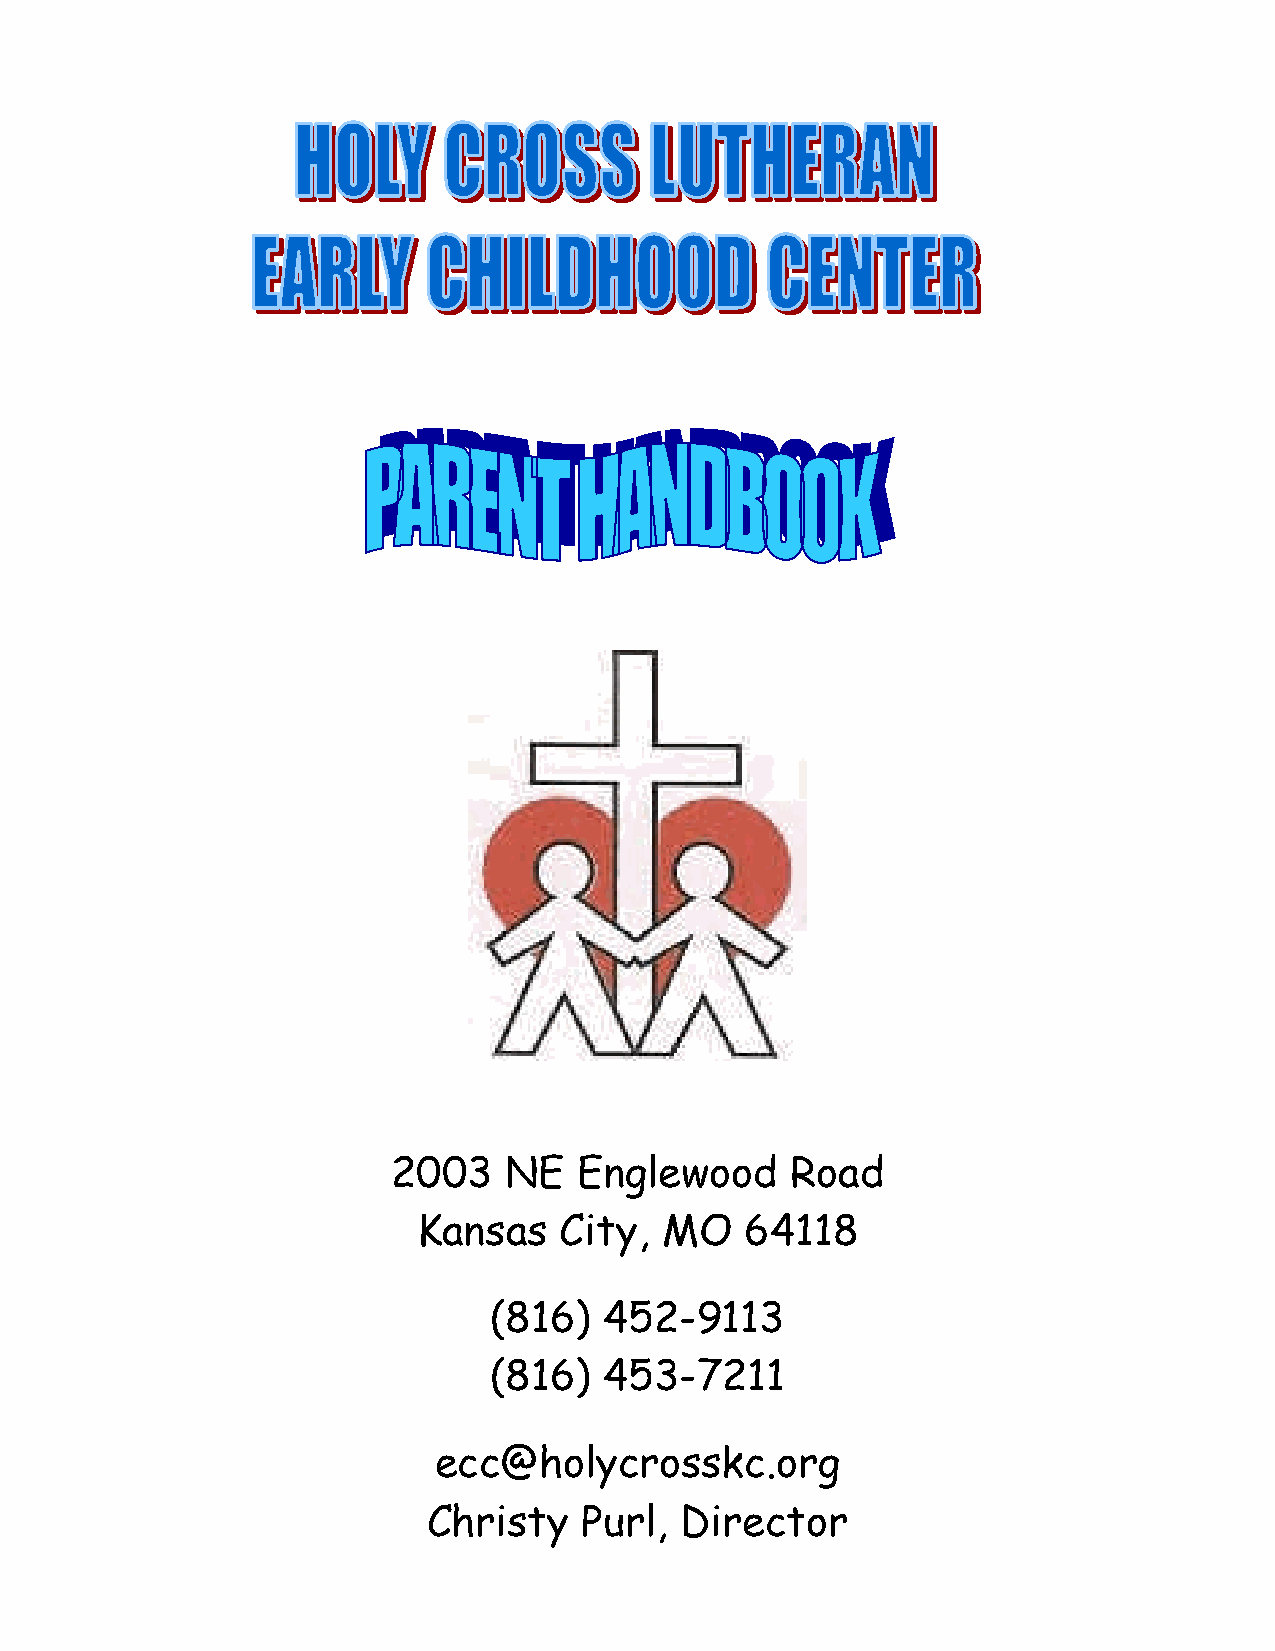
2003   NE   Englewood     Road
 Kansas   City,  MO   64118
 (816)   452-9113
 (816)   453-7211
 ecc@holycrosskc.org
 Christy    Pur l, Director